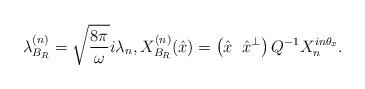
LaTeX: \begin{align*}\lambda^{(n)}_{B_R}= \sqrt{\frac{8\pi}{\omega}}i \lambda_n,X^{(n)}_{B_R}(\hat{x})=\left(\hat{x} \;\; \hat{x}^{\bot }\right) Q^{-1}X_n ^{in \theta_x}.\end{align*}